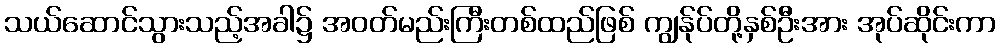
သယ်ဆောင်သွားသည့်အခါ၌ အဝတ်မည်းကြီးတစ်ထည်ဖြစ် ကျွန်ုပ်တို့နှစ်ဦးအား အုပ်ဆိုင်းကာ